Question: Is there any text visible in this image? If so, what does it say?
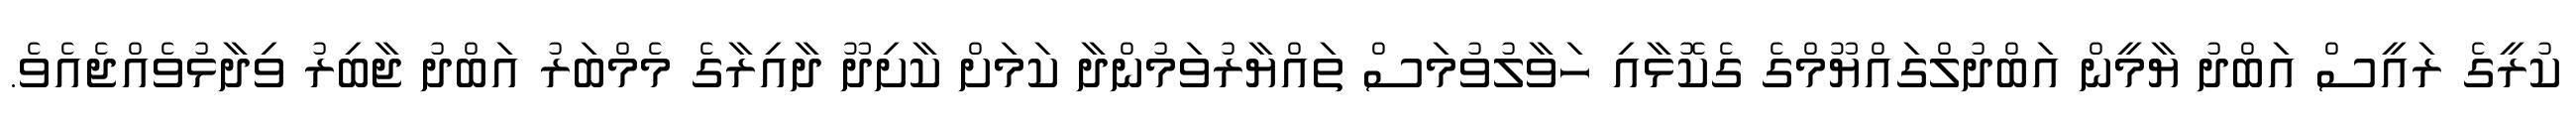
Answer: ކުރީގެ ރައީސް އަބްދު ޔާމީން އަބްދުލްގައްޔޫމްގެ ގެކޮޅާއި ހަވާލުވުމަސް ތައްޔާރުވަމުންދާ ކަމަށް ކާށިދޫ ދާއިރާގެ މެމްބަރު އަބްދު ޖާބިރު ވިދާޅުވެއްޖެއެވެ.